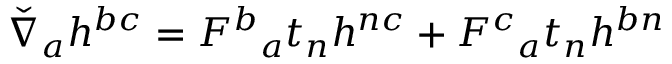
\check { \nabla } _ { a } h ^ { b c } = F ^ { b } { } _ { a } t _ { n } h ^ { n c } + F ^ { c } { } _ { a } t _ { n } h ^ { b n }